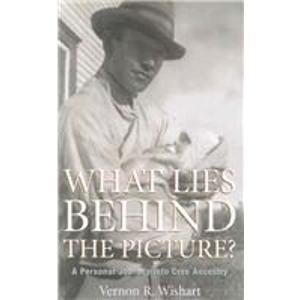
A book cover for What Lies Behind the Picture?: A Personal Journey into Cree Ancestry; Vernon R. Wishart; Biographies & Memoirs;